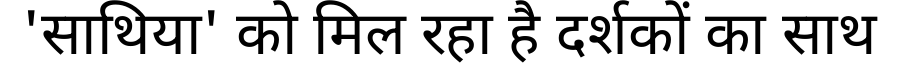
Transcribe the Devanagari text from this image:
'साथिया' को मिल रहा है दर्शकों का साथ